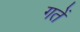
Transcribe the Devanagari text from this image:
गतें